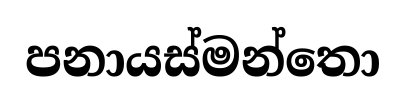
පනායස්මන්තො